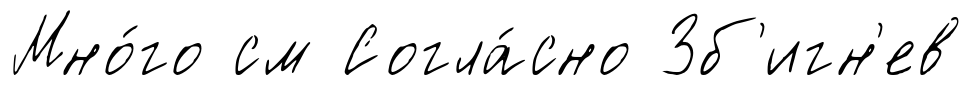
Мно́го см Согла́сно Зб'игн'ев